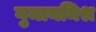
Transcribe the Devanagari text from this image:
गुमानमिश्र